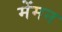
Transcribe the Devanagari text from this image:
मेंमन